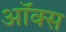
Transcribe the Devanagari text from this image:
ऑक्‍स